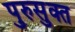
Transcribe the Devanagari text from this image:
पुरुसुक्त